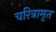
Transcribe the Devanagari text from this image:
चरित्रामृत